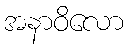
အနာဝိလော